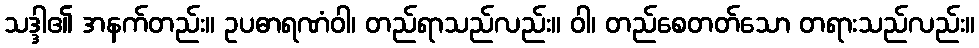
သဒ္ဒါ၏ အနက်တည်း။ ဥပဓာရဏံဝါ၊ တည်ရာသည်လည်း။ ဝါ၊ တည်စေတတ်သော တရားသည်လည်း။